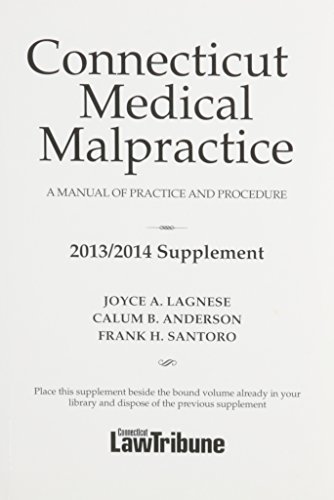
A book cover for Connecticut Medical Malpractice Law 2013/14 Supplement; Calum Anderson; Law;